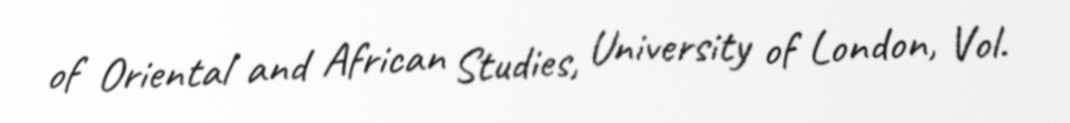
of Oriental and African Studies, University of London, Vol.